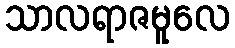
သာလရာဇမူလေ